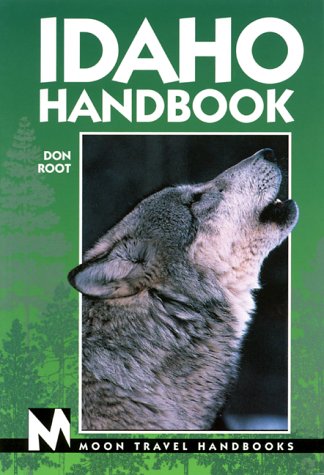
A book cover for Moon Handbooks Idaho (3rd ed); Don Root; Travel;